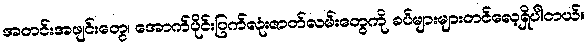
အတင်းအဖျင်းတွေ၊ အောက်ပိုင်းပြက်လုံးဇာတ်လမ်းတွေကို ခပ်များများတင်လေ့ရှိပါတယ်။